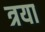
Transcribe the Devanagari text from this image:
त्रया